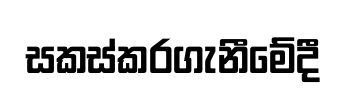
සකස්කරගැනීමේදී